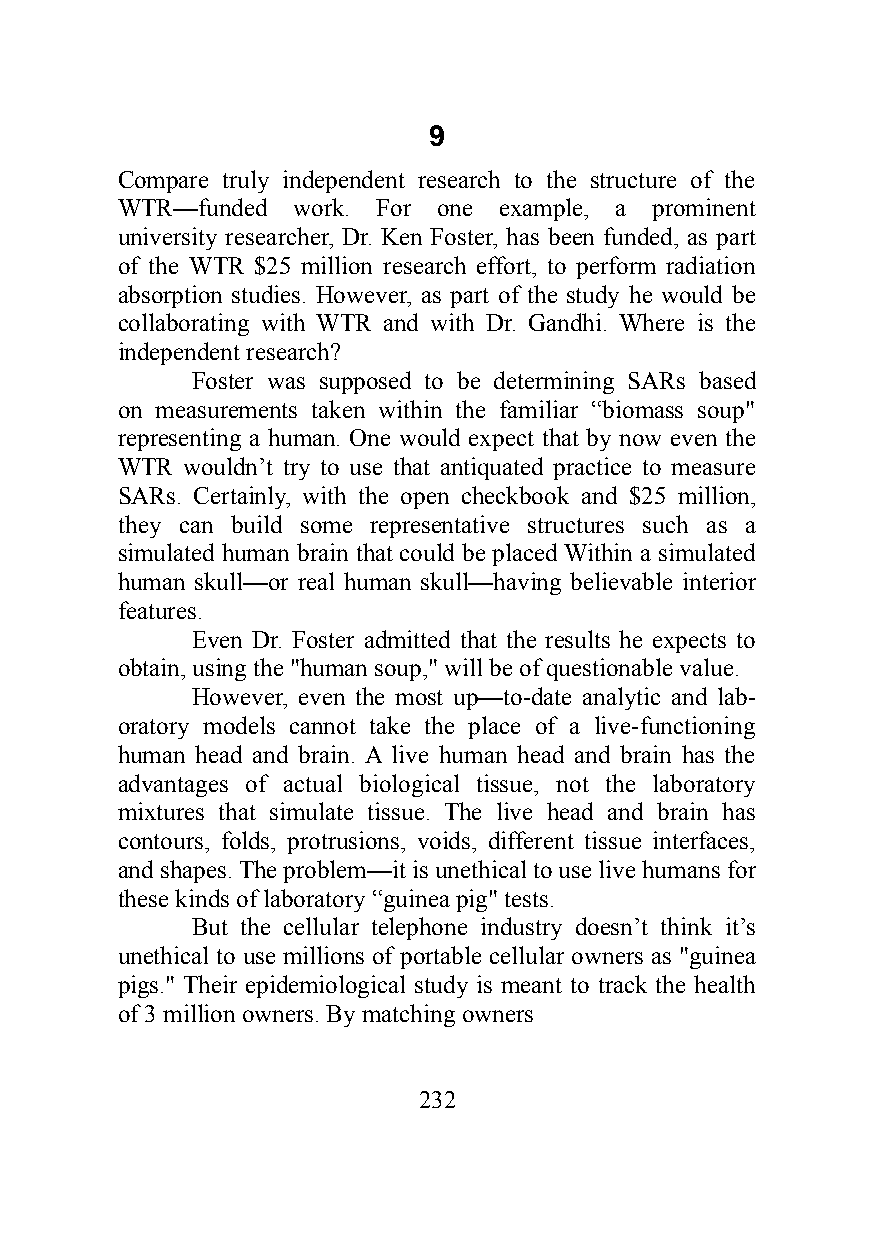
9
 Compare truly independent research to the structure of the
 WTR—funded work. For one example, a prominent
 university researcher, Dr. Ken Foster, has been funded, as part
 of the WTR $25 million research effort, to perform radiation
 absorption studies. However, as part of the study he would be
 collaborating with WTR and with Dr. Gandhi. Where is the
 independent research?
 Foster was supposed to be determining SARs based
 on measurements taken within the familiar “biomass soup"
 representing a human. One would expect that by now even the
 WTR wouldn’t try to use that antiquated practice to measure
 SARs. Certainly, with the open checkbook and $25 million,
 they can build some representative structures such as a
 simulated human brain that could be placed Within a simulated
 human skull—or real human skull—having believable interior
 features.
 Even Dr. Foster admitted that the results he expects to
 obtain, using the "human soup," will be of questionable value.
 However, even the most up—to-date analytic and lab-
 oratory models cannot take the place of a live-functioning
 human head and brain. A live human head and brain has the
 advantages of actual biological tissue, not the laboratory
 mixtures that simulate tissue. The live head and brain has
 contours, folds, protrusions, voids, different tissue interfaces,
 and shapes. The problem—it is unethical to use live humans for
 these kinds of laboratory “guinea pig" tests.
 But the cellular telephone industry doesn’t think it’s
 unethical to use millions of portable cellular owners as "guinea
 pigs." Their epidemiological study is meant to track the health
 of 3 million owners. By matching owners
 232